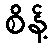
စိန့်